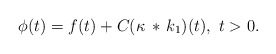
\begin{align*}\phi(t) = f(t) + C(\kappa\, *\, k_1)(t),\ t>0.\end{align*}